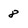
Character: 8